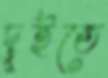
দুইতে